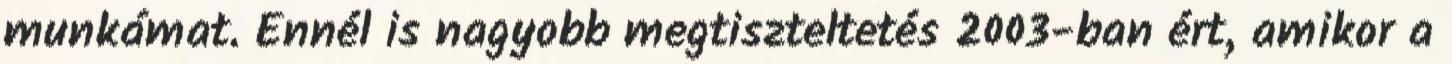
munkámat. Ennél is nagyobb megtiszteltetés 2003-ban ért, amikor a